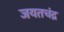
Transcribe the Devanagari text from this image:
जयतचंद्र